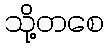
သို့တစေ